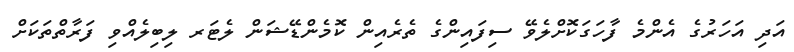
އަދި އަހަރުގެ އެންމެ ފާހަގަކޮށްލެވޭ ސިފައިންގެ ތެރެއިން ކޮމެންޑޭޝަން ލެޓަރ ލިބިލެއްވި ފަރާތްތަކަށް